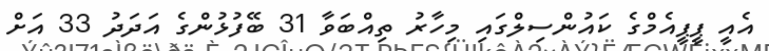
އެއީ ޕީޕީއެމްގެ ކައުންސިލްގައި މިހާރު ތިއްބަވާ 31 ބޭފުޅުންގެ އަދަދު 33 އަށް